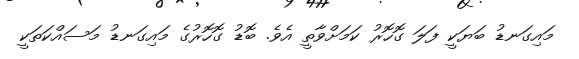
މައިގަނޑު ބަޔަކީ ފަލަ ގޮހޮރު ކަމަށްވާތީ އެވެ. ބޮޑު ގޮހޮރުގެ މައިގަނޑު މަސައްކަތަކީ